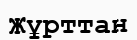
Жұрттан